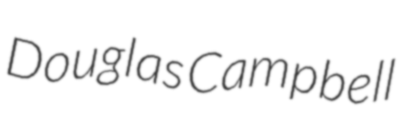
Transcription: Douglas Campbell